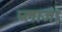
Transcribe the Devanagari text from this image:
प्‍लाजा